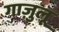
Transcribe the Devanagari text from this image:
गाज़ुलू